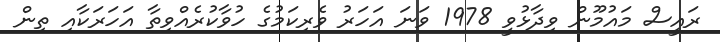
ރައީސް މައުމޫން ވިދާޅުވީ 1978 ވަނަ އަހަރު ވެރިކަމުގެ ހުވާކުރެއްވިތާ އަހަރަކާއި ތިން